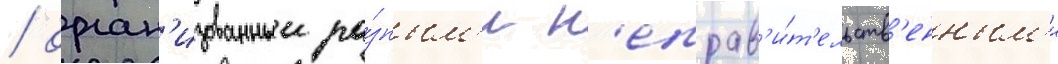
/ орган'изованныи ра́зным'и н'еправ'и́т'ельств'енным'и